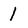
Character: 1